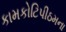
કામકોટિપીઠમના